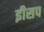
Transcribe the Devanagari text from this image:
इीसप